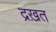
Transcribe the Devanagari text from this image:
द्रख़त